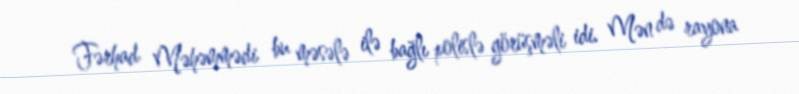
Fərhad Məhəmmədi bu məsələ ilə bağlı polislə görüşməli idi. Mən də rayona